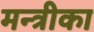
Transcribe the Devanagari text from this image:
मन्त्रीका